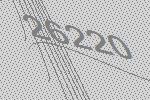
26220